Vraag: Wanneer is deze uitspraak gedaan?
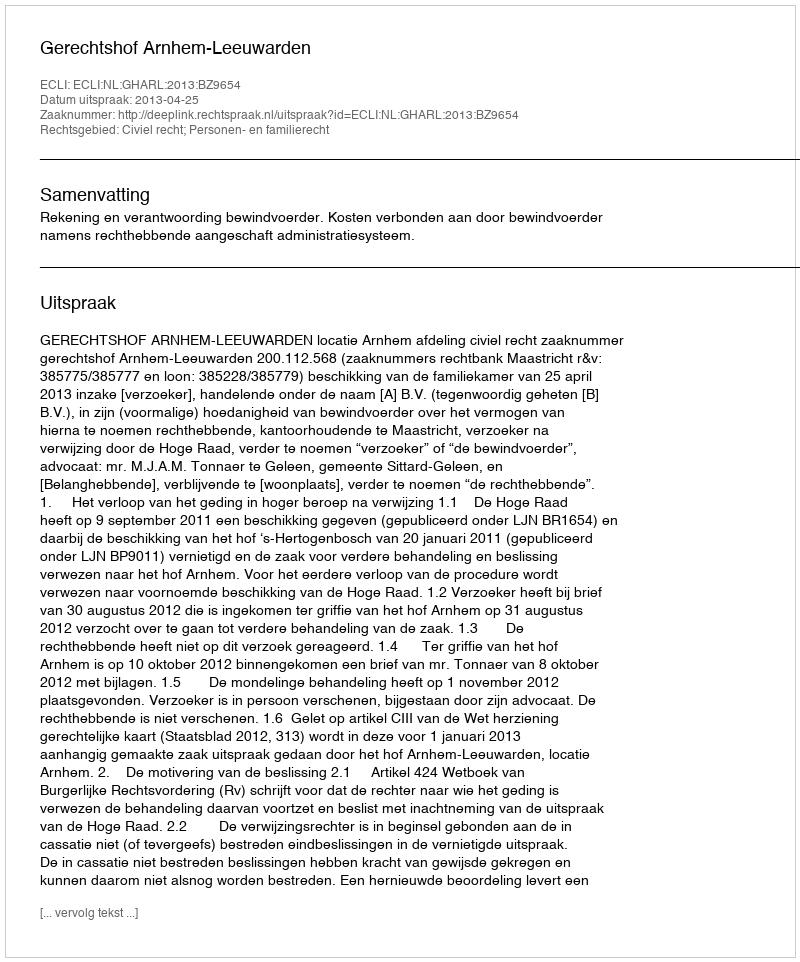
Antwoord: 2013-04-25